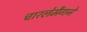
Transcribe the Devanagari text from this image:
चारलेमैगने